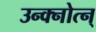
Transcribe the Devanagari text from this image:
उन्क्नोत्न्